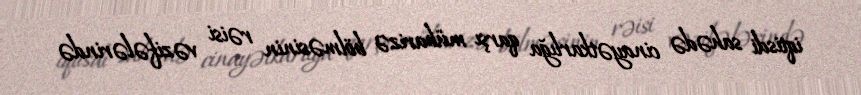
iqtisdi sahədə cinayətkarlığa qarşı mübarizə bölməsinin rəisi vəzifələrində